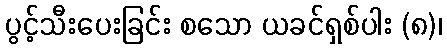
ပွင့်သီးပေးခြင်း စသော ယခင်ရှစ်ပါး (၈)၊